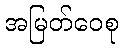
အမြတ်ဝေစု